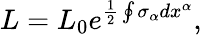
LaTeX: L=L_{0}e^{\frac{1}{2}\oint\sigma_{\alpha}dx^{\alpha}},